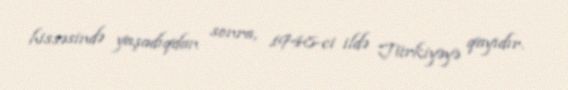
hissəsində yaşadıqdan sonra, 1948-ci ildə Türkiyəyə qayıdır.